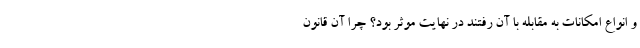
و انواع امکانات به مقابله با آن رفتند در نهایت موثر بود؟ چرا آن قانون